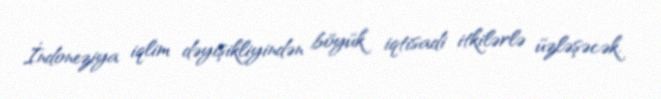
İndoneziya iqlim dəyişikliyindən böyük iqtisadi itkilərlə üzləşəcək.